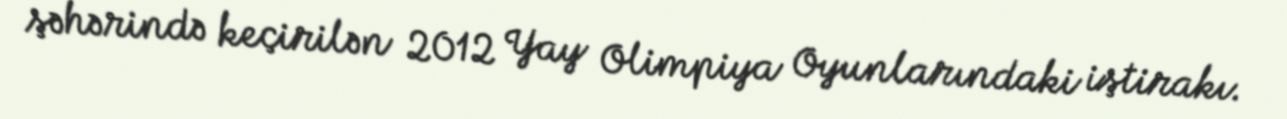
şəhərində keçirilən 2012 Yay Olimpiya Oyunlarındaki iştirakı.